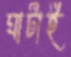
ঘাটাই